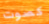
كصوت